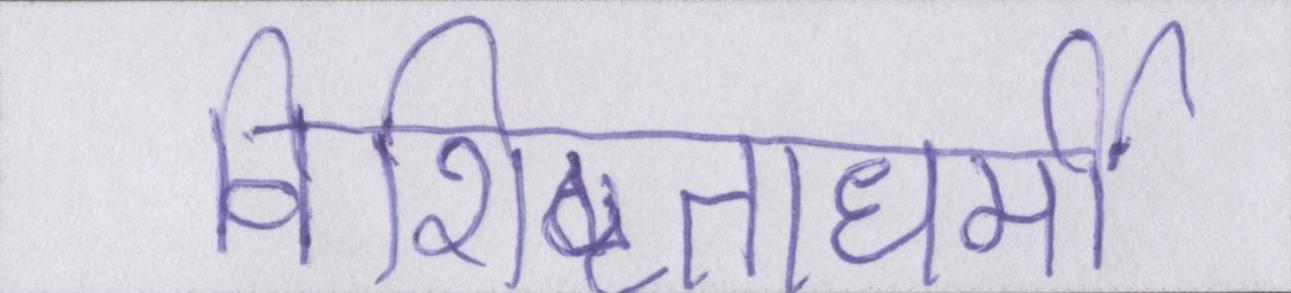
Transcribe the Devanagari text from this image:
विशिष्टताधर्मी